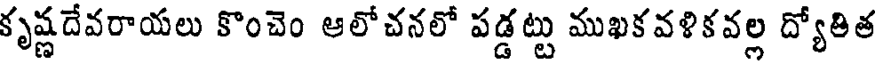
కృష్ణదేవరాయలు కొంచెం ఆలోచనలో పడ్డట్టు ముఖకవళికవల్ల ద్యోతిత